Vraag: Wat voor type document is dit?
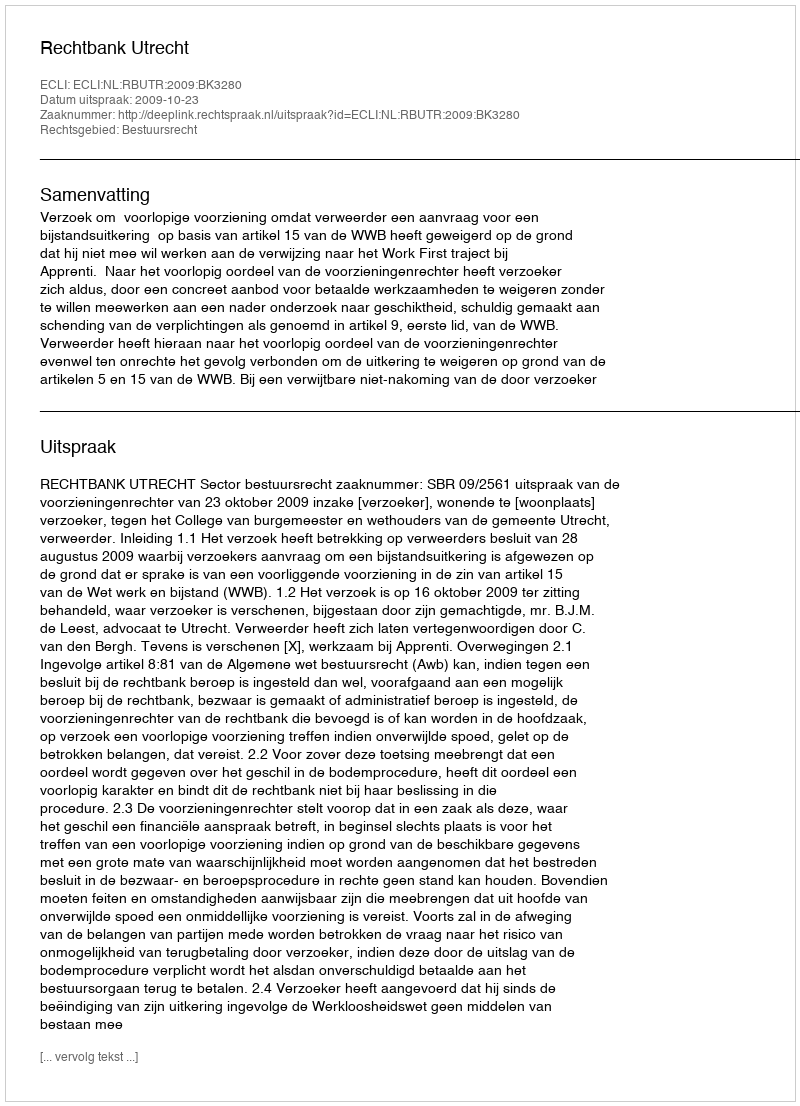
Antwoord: Uitspraak